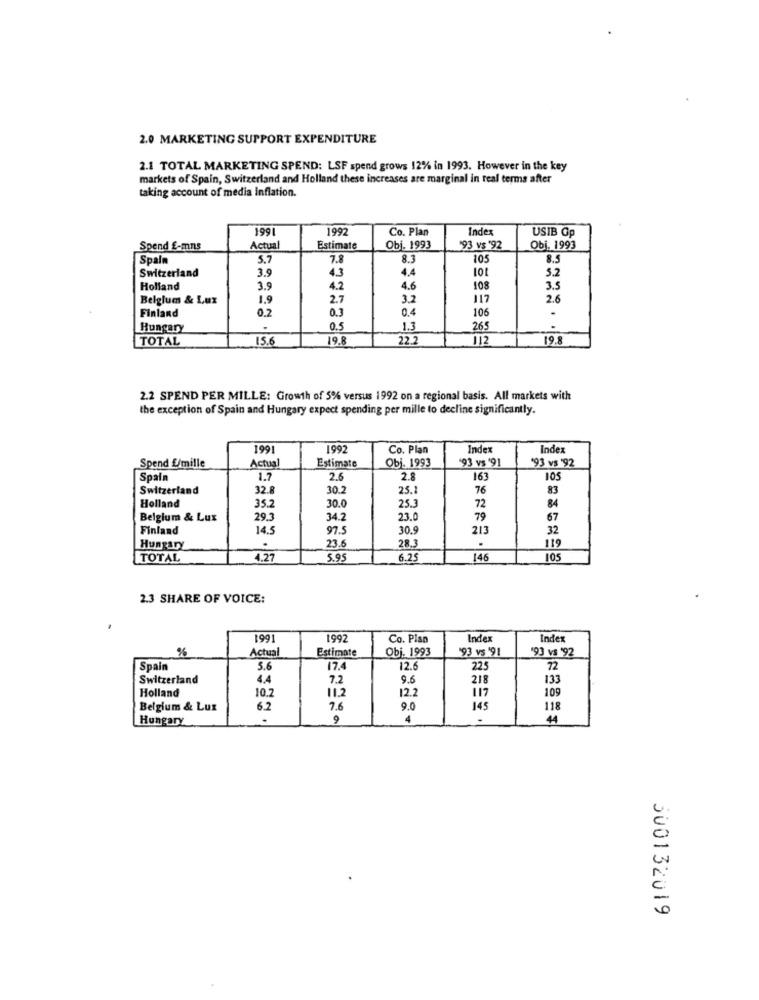
2.0 MARKETING SUPPORT EXPENDITURE
2.1 TOTAL MARKETING SPEND: LSF spend grows 12% in 1993. However in the key
markets of Spain, Switzerland and Holland these increases are marginal in real terms after
taking account of media inflation.
199
1992
Co. Plan
Index
USIB Gp
Spend £-mns
Actual
Estimate
Obj. 1993
'93 vs *92
Obj. 1993
Spain
5.7
7.8
8.3
105
8.5
4.3
4.4
5.2
Switzerland
3.9
Holland
3.9
4.2
4.6
108
3.5
Belgium & Lux
1.9
2.7
3.2
117
2.6
0.2
0.3
0.4
.
Finland
106
Hungary
0.5
1.3
265
TOTAL
15.6
19.8
22.2
112
19.8
2.2 SPEND PER MILLE: Growth of 5% versus 1992 on a regional basis. All markets with
the exception of Spain and Hungary expect spending per mille to decline significantly.
199
1992
Co. Plan
Index
Inde
Obj. 1993
'93 vs '91
93 vs '92
Spend E/mille
Actual
Estimate
Spain
1.7
2.6
2.8
163
105
Switzerland
32.
30.2
25.2
76
83
Holland
35.2
30.0
25.3
72
84
Belgium & Lux
29.3
34.2
23.0
79
67
Finland
14.5
97.
30.9
213
32
119
Hungary
23.6
28.3
TOTAL
4.27
5.95
6.25
146
105
2.3 SHARE OF VOICE:
1991
199
Co. Pian
Index
Index
Actual
Estimate
Obj. 1993
'93 vs '91
'93 vs '92
%
Spain
5.6
17.4
12.6
225
72
Switzerland
4,4
7.2
9.6
218
133
Holland
10.2
11.2
12.2
117
109
Belgium & Lux
6.2
7.6
9.0
145
118
Hungary
9
4
.
44
300132019